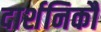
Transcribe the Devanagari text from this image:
दार्शनिकौं